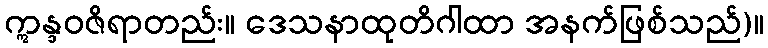
ဣန္ဒဝဇိရာတည်း။ ဒေသနာထုတိဂါထာ အနက်ဖြစ်သည်)။